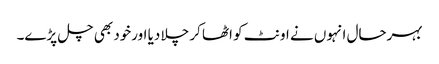
بہرحال انہوں نے اونٹ کو اٹھا کر چلا دیا اورخود بھی چل پڑے۔